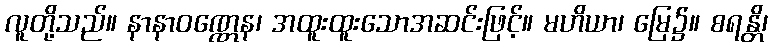
လူတို့သည်။ နာနာဝဏ္ဏေန၊ အထူးထူးသောအဆင်းဖြင့်။ မဟိယာ၊ မြေ၌။ စရန္တိ၊